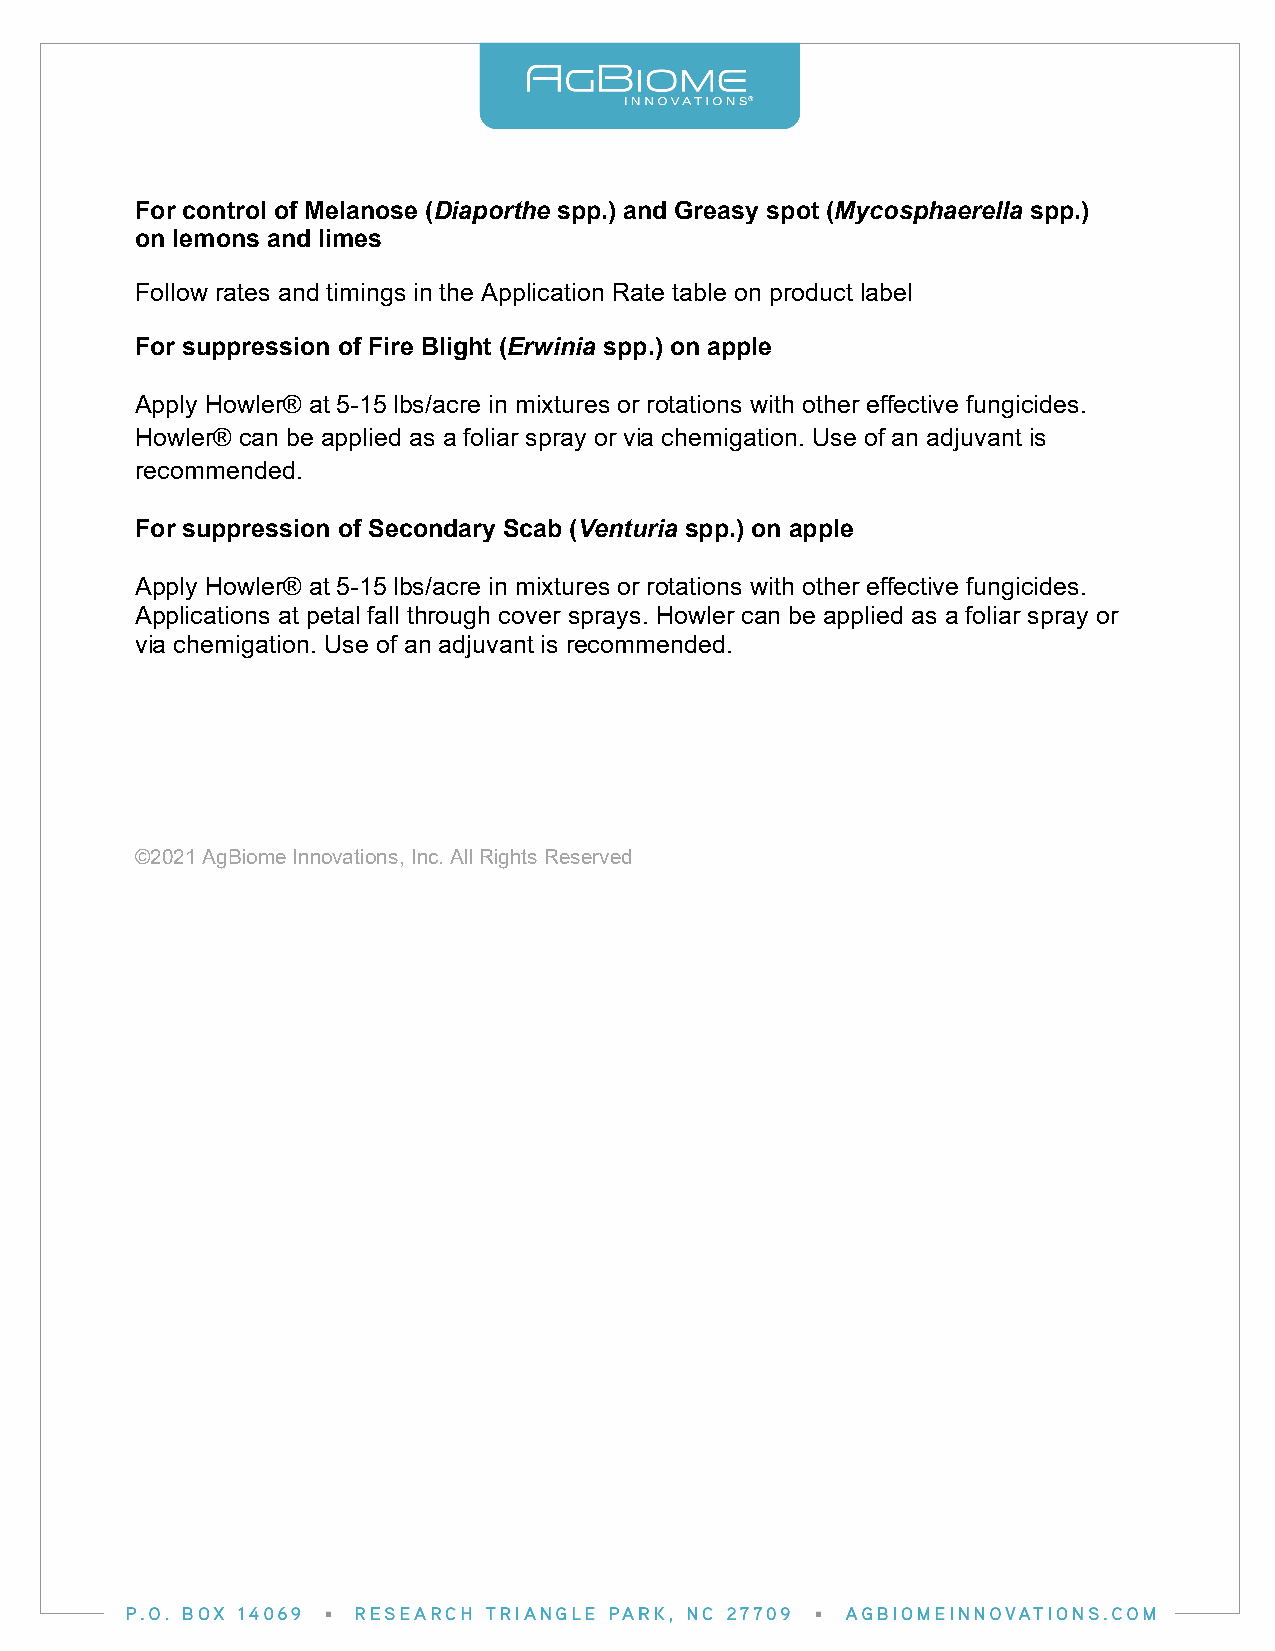
For control of Melanose (Diaporthe spp.) and Greasy spot (Mycosphaerella spp.)
 on lemons and limes
 Follow rates and timings in the Application Rate table on product label
 For suppression of Fire Blight (Erwinia spp.) on apple
 Apply Howler® at 5-15 lbs/acre in mixtures or rotations with other effective fungicides.
 Howler® can be applied as a foliar spray or via chemigation. Use of an adjuvant is
 recommended.
 For suppression of Secondary Scab (Venturia spp.) on apple
 Apply Howler® at 5-15 lbs/acre in mixtures or rotations with other effective fungicides.
 Applications at petal fall through cover sprays. Howler can be applied as a foliar spray or
 via chemigation. Use of an adjuvant is recommended.
 ©2021 AgBiome Innovations, Inc. All Rights Reserved